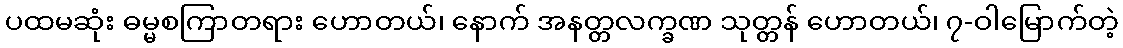
ပထမဆုံး ဓမ္မစကြာတရား ဟောတယ်၊ နောက် အနတ္တလက္ခဏ သုတ္တန် ဟောတယ်၊ ၇-ဝါမြောက်တဲ့